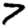
Digit: 7